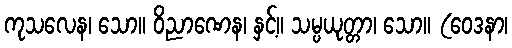
ကုသလေန၊ သော။ ဝိညာဏေန၊ နှင့်။ သမ္ပယုတ္တာ၊ သော။ (ဝေဒနာ၊